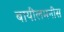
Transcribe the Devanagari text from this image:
बायीलमनीस